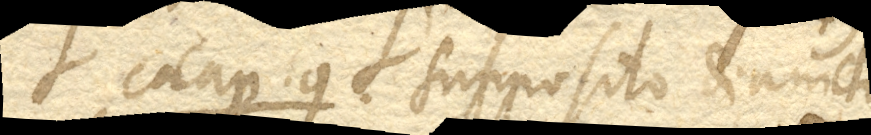
Cap. 9. Supposito diametro